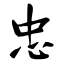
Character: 忠